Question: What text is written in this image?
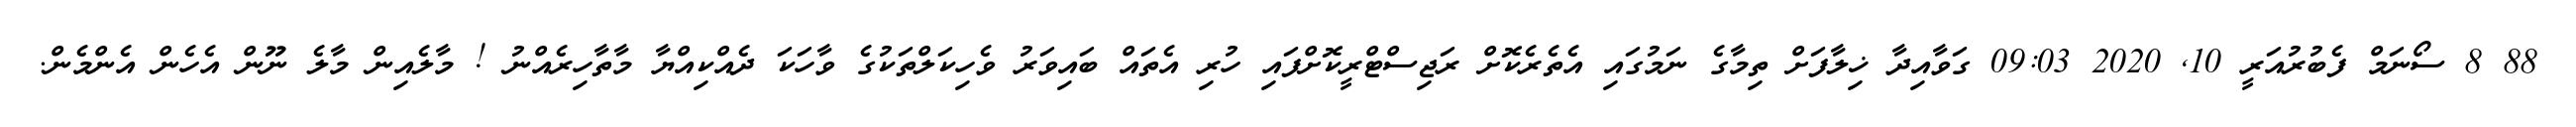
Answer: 88 8 ސޯނަމް ފެބުރުއަރީ 10, 2020 09:03 ގަވާއިދާ ޚިލާފަށް ތިމާގެ ނަމުގައި އެތެރެކޮށް ރަޖިސްޓްރީކޮށްފައި ހުރި އެތައް ބައިވަރު ވެހިކަލްތަކުގެ ވާހަކަ ދެއްކިއްޔާ މާތާހިރެއްނު ! މާލެއިން މާލެ ނޫން އެހެން އެންމެން.